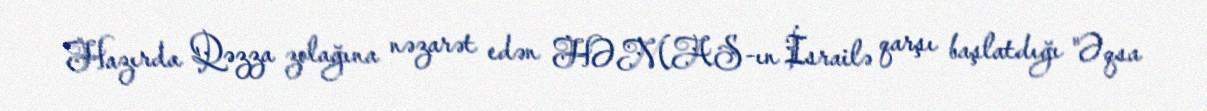
Hazırda Qəzza zolağına nəzarət edən HƏMAS-ın İsrailə qarşı başlatdığı "Əqsa